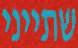
שתייני